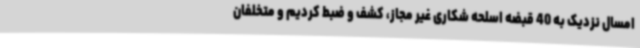
امسال نزدیک به 40 قبضه اسلحه شکاری غیر مجاز، کشف و ضبط کردیم و متخلفان